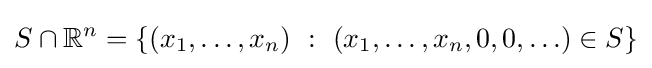
S\cap \mathbb {R} ^{n}=\left\{\left(x_{1},\ldots ,x_{n}\right)~:~\left(x_{1},\ldots ,x_{n},0,0,\ldots \right)\in S\right\}